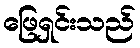
ဖြေရှင်းသည်